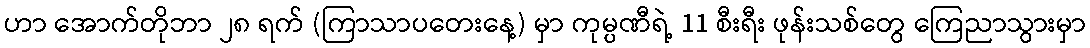
ဟာ အောက်တိုဘာ ၂၈ ရက် (ကြာသာပတေးနေ့) မှာ ကုမ္ပဏီရဲ့ 11 စီးရီး ဖုန်းသစ်တွေ ကြေညာသွားမှာ